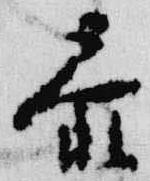
参